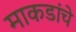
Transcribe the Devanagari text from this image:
माकडांचे